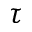
\tau